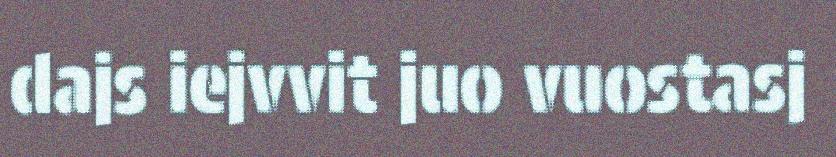
dajs iejvvit juo vuostasj